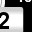
Digit: 2